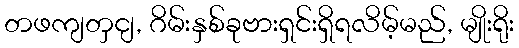
တဖကျတှငျ, ဂိမ်းနှစ်ခုဗားရှင်းရှိရလိမ့်မည်, မျိုးရိုး